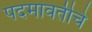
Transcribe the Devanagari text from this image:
पदमावतीचे